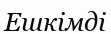
Ешкімді